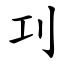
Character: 㓚